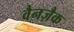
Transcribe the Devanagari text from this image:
वैनज़ैक